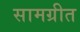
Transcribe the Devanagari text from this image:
सामग्रीत